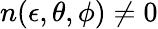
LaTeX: n(\epsilon,\theta,\phi)\not=0